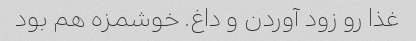
غذا رو زود آوردن و داغ. خوشمزه هم بود